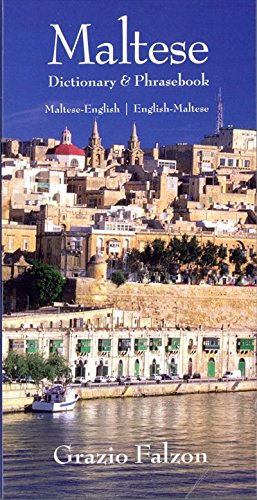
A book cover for Maltese-English/English-Maltese Dictionary and Phrasebook (Hippocrene Dictionaries & Phrasebooks); Grazio Falzon; Reference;